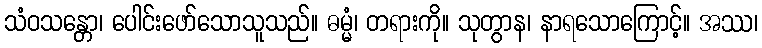
သံဝသန္တော၊ ပေါင်းဖော်သောသူသည်။ ဓမ္မံ၊ တရားကို။ သုတွာန၊ နာရသောကြောင့်။ အဿ၊